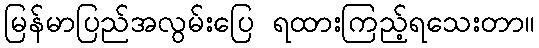
မြန်မာပြည်အလွမ်းပြေ ရထားကြည့်ရသေးတာ။